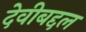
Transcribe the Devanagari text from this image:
देवीबद्दल